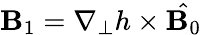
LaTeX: {\mathbf B}_{1}=\nabla_{\perp}h\times{\hat{\mathbf B_{0}}}